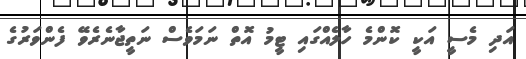
އަދި މެސީ އަކީ ކޮންމެ ހާލެއްގައި ޓީމު އޮތް ނަމަވެސް ނަތީޖާނެރެވޭ ފެންވަރުގެ